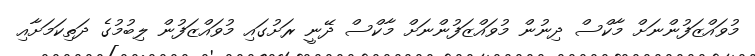
މުވައްޒަފުންނަށް މާކްސް ދިނުން މުވައްޒަފުންނަށް މާކްސް ދޭނީ ރަށުގައި މުވައްޒަފުން ލިބުމުގެ ދަތިކަމަށާއި